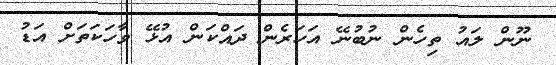
ނޫން ލައު ތިހެން ނުބުނޭ އަހަރެން ދައްކަން އުޅޭ ވާހަކަތަށް އަޑު